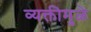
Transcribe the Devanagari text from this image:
व्यक्तीमुळे